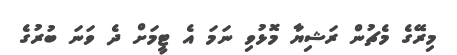
މިރޭގެ މެޗުން ރަޝިޔާ މޮޅުވި ނަމަ އެ ޓީމަށް ދެ ވަނަ ބުރުގެ